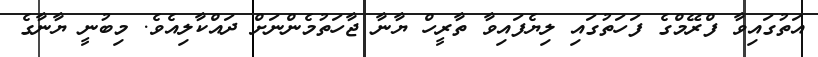
އަތުގައިވާ ފްރޭމްގެ ފަހަތުގައި ލިޔެފައިވާ ތާރީހް ޔާނާ ޖާހަތުމެންނަށް ދައްކާލިއެވެ. މިބުނީ ޔާނާގެ